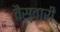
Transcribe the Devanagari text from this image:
वैस्वारी